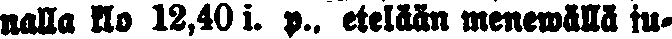
natta klo 12,40 i. p., etelään menewällä ju-